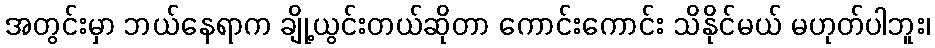
အတွင်းမှာ ဘယ်နေရာက ချို့ယွင်းတယ်ဆိုတာ ကောင်းကောင်း သိနိုင်မယ် မဟုတ်ပါဘူး၊